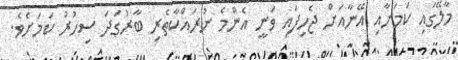
މާލޭގައި ކަމަށާއި އޭނާއަށް ޖެހިފައި ވަނީ އެންމެ ނުރައްކާތެރި ބާރުގަދަ ސިހުރު ކަމަށެވެ.